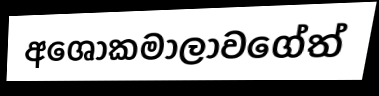
අශෝකමාලාවගේත්